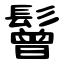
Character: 鬙